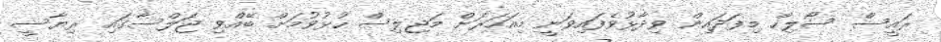
ރައީސް ސޯލިހް މިފަދައިން ވިދާޅުވެފައިވަނީ މިއަހަރަށް މަޖިލިސް ހުޅުވުމަށް ބޭއްވި ޖަލްސާގައި ރިޔާސީ